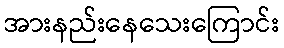
အားနည်းနေသေးကြောင်း